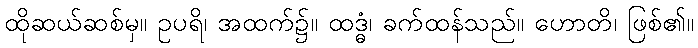
ထိုဆယ်ဆစ်မှ။ ဥပရိ၊ အထက်၌။ ထဒ္ဓံ၊ ခက်ထန်သည်။ ဟောတိ၊ ဖြစ်၏။